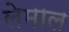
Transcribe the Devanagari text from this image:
लेमाल